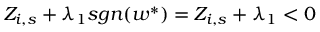
Z _ { i , s } + \lambda _ { 1 } s g n ( w ^ { \ast } ) = Z _ { i , s } + \lambda _ { 1 } < 0